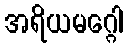
အရိယမဂ္ဂေါ